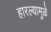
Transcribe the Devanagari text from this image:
हारल्यामुळे